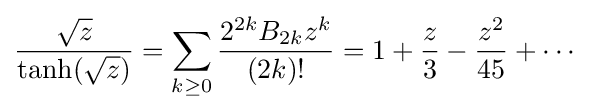
{{\sqrt {z}} \over \tanh({\sqrt {z}})}=\sum _{k\geq 0}{\frac {2^{2k}B_{2k}z^{k}}{(2k)!}}=1+{z \over 3}-{z^{2} \over 45}+\cdots